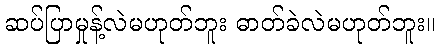
ဆပ်ပြာမှုန့်လဲမဟုတ်ဘူး ဓာတ်ခဲလဲမဟုတ်ဘူး။